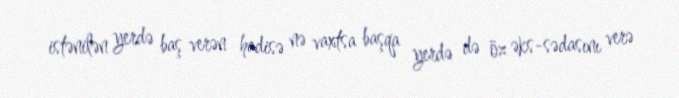
istənilən yerdə baş verən hadisə nə vaxtsa başqa yerdə də öz əks-sədasını verə